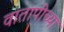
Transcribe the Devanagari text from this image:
वातापीच्या